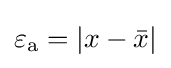
\varepsilon _{\rm {a}}=|x-{\bar {x}}|